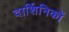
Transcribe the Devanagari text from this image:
दार्शिनिकों